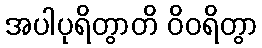
အပါပုရိတွာတိ ဝိဝရိတွာ